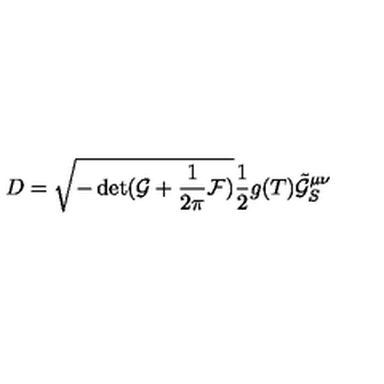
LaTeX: D = \sqrt { - \det ( \mathcal { G } + \frac { 1 } { 2 \pi } \mathcal { F } ) } \frac { 1 } { 2 } g ( T ) \tilde { \mathcal { G } } _ { S } ^ { \mu \nu }